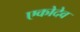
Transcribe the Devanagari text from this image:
एकोदेव